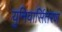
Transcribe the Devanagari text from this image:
युनिवार्सितरण